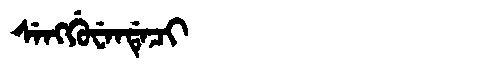
Manchu: ᠰᡝᠩᡤᡠᠸᡝᠨᡩᡝᠴᡳ
Romanization: SENGGUWENDECI